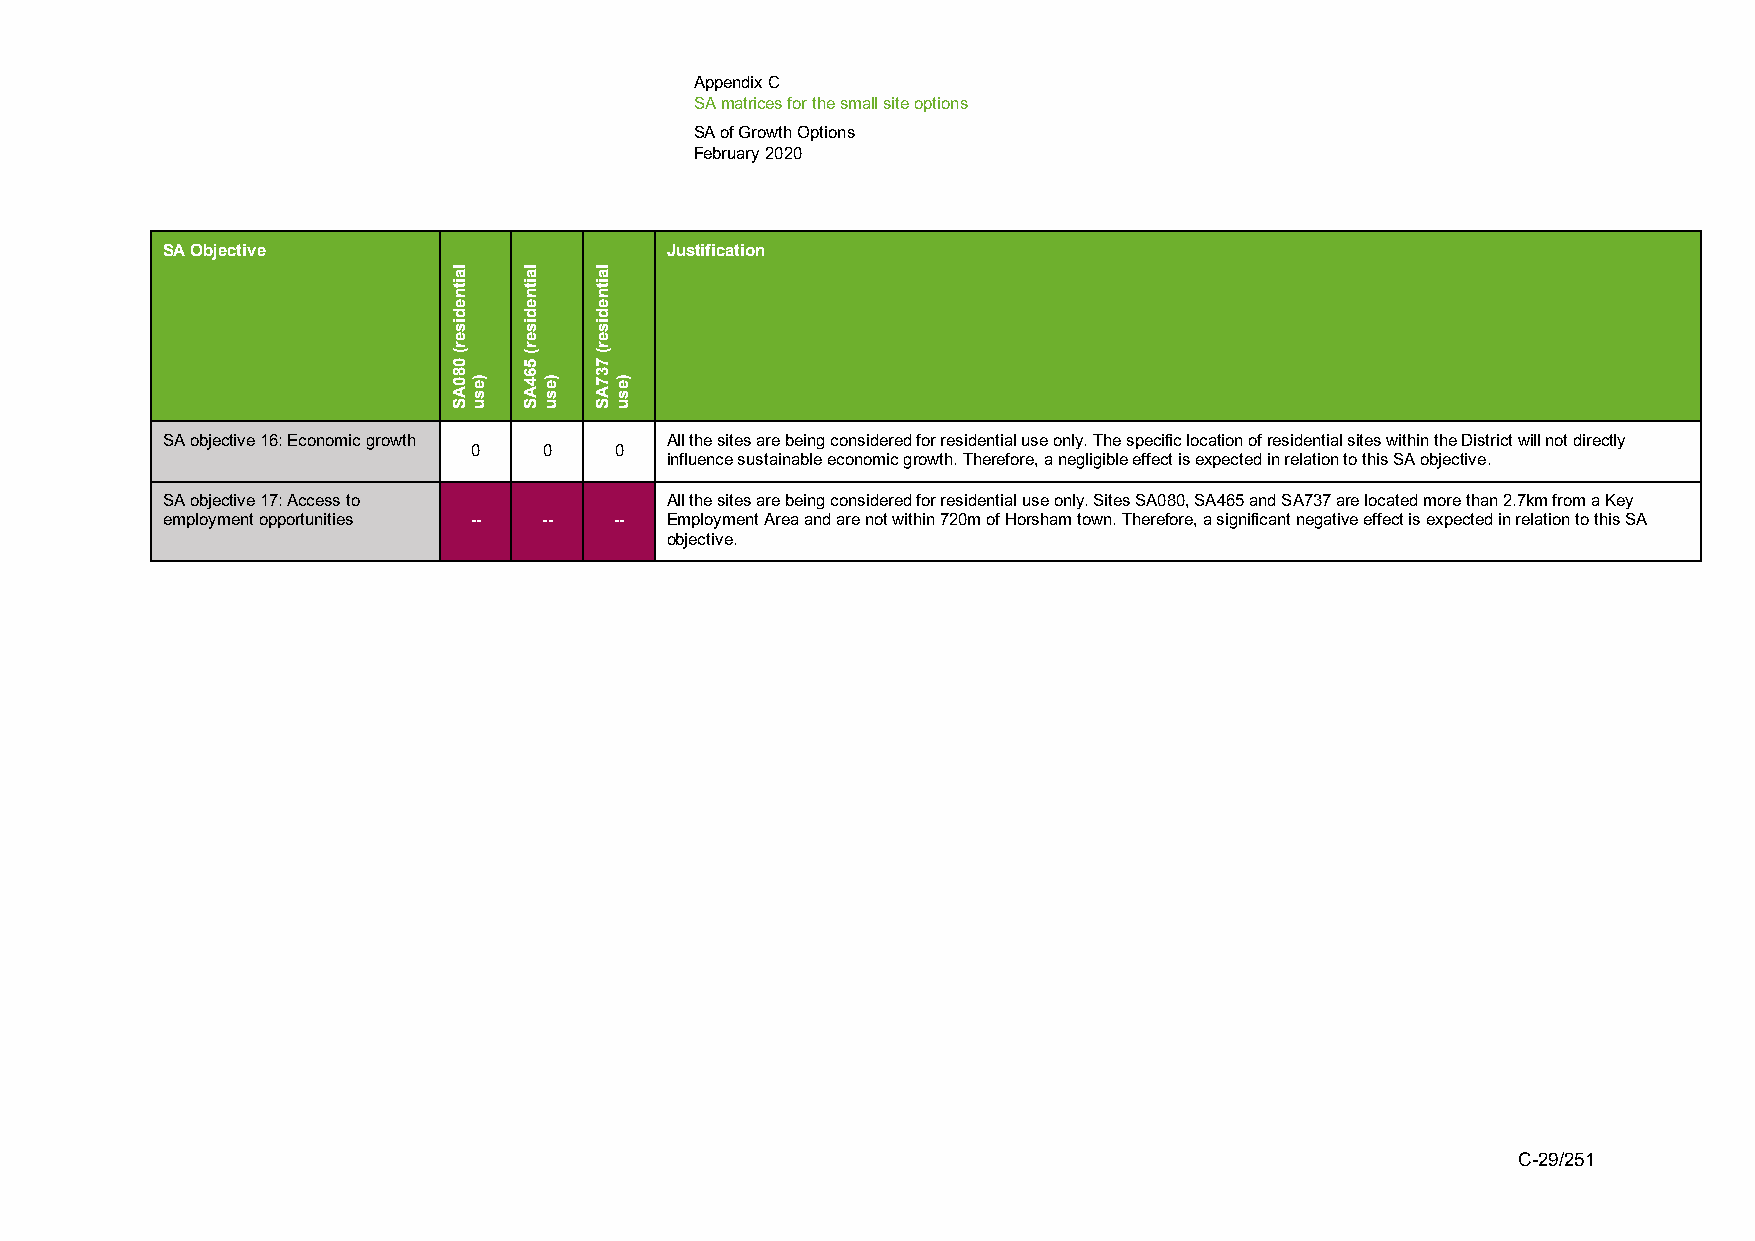
Appendix C
 SA matrices for the small site options
 SA of Growth Options
 February 2020
 SA Objective                     Justification
 SA objective 16: Economic growth All the sites are being considered for residential use only. The specific location of residential sites within the District will not directly
 0    0    0
 influence sustainable economic growth. Therefore, a negligible effect is expected in relation to this SA objective.
 SA objective 17: Access to       All the sites are being considered for residential use only. Sites SA080, SA465 and SA737 are located more than 2.7km from a Key
 employment opportunities -- -- -- Employment Area and are not within 720m of Horsham town. Therefore, a significant negative effect is expected in relation to this SA
 objective.
 C-29/251
 laitnediser(
 080AS
 )esu
 laitnediser(
 564AS
 )esu
 laitnediser(
 737AS
 )esu